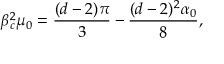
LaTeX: \beta _ { c } ^ { 2 } \mu _ { 0 } = \frac { ( d - 2 ) \pi } { 3 } - \frac { ( d - 2 ) ^ { 2 } \alpha _ { 0 } } { 8 } ,